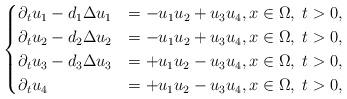
LaTeX: \begin{align*}\begin{cases}\partial_t u_1 - d_1\Delta u_1 &= -u_1u_2 + u_3u_4, x\in\Omega, \; t>0,\\\partial_t u_2 - d_2\Delta u_2 &= -u_1u_2 + u_3u_4, x\in\Omega, \; t>0,\\\partial_t u_3 - d_3\Delta u_3 &= +u_1u_2 - u_3u_4, x\in\Omega, \; t>0,\\\partial_t u_4 &= +u_1u_2 - u_3u_4, x\in\Omega, \; t>0,\\\end{cases}\end{align*}